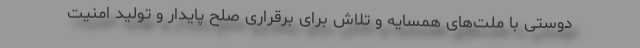
دوستی با ملت‌های همسایه و تلاش برای برقراری صلح پایدار و تولید امنیت